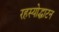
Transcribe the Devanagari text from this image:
रहस्योद्धाटन